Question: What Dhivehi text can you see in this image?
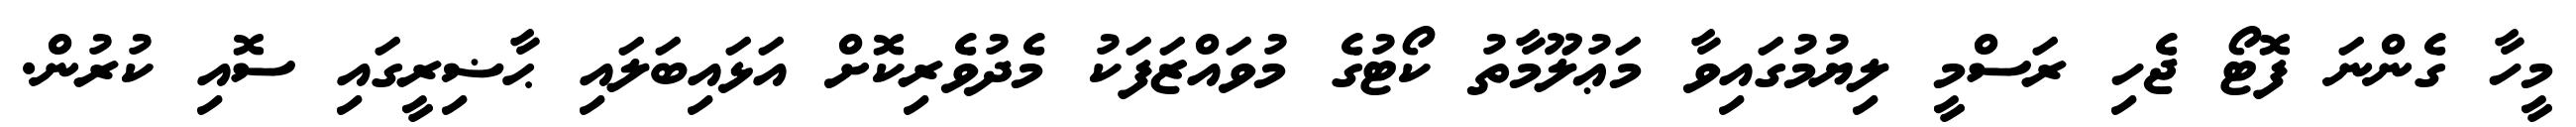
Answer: މީހާ ގެންނަ ފޮޓޯ ޖެހި ރަސްމީ ލިޔުމުގައިވާ މަޢުލޫމާތު ކޯޓުގެ މުވައްޒަފަކު މެދުވެރިކޮށް އަޅައިބަލައި ޙާޟިރީގައި ސޮއި ކުރުން.